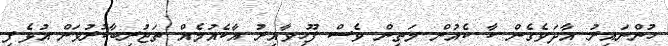
ހުންނައިރު އާދަވެގެން ކާ ކެއުން މަތިން ވެސް ފޫހިވާއިރު އާކެއުމެއް ތަޖުރިބާކުރުވަން އުޅެފި